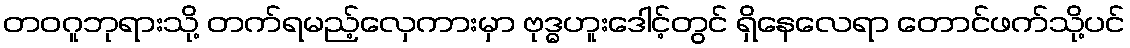
တဝဂူဘုရားသို့ တက်ရမည့်လှေကားမှာ ဗုဒ္ဓဟူးဒေါင့်တွင် ရှိနေလေရာ တောင်ဖက်သို့ပင်